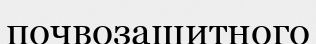
почвозащитного